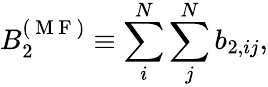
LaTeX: B_{2}^{({\mathrm{~M~F~}})}\equiv\sum_{i}^{N}\sum_{j}^{N}b_{2,ij},